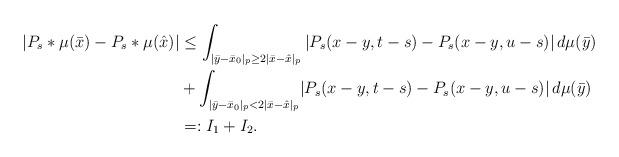
LaTeX: \begin{align*}|P_s*\mu(\bar x) - P_s*\mu(\hat x)| & \leq \int_{|\bar y -\bar x_0|_p\geq 2 |\bar x-\hat x|_p}|P_s(x-y,t-s) - P_s(x-y,u-s)|\,d\mu(\bar y) \\&+ \int_{|\bar y -\bar x_0|_p < 2 |\bar x-\hat x|_p}\!|P_s(x-y,t-s) - P_s(x-y,u-s)|\,d\mu(\bar y)\\& =: I_1 + I_2.\end{align*}